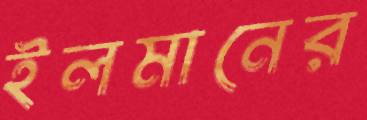
ইলমানের